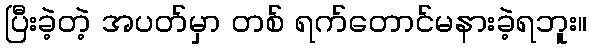
ပြီးခဲ့တဲ့ အပတ်မှာ တစ် ရက်တောင်မနားခဲ့ရဘူး။